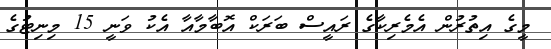
މީގެ އިތުރުން އެމެރިކާގެ ރައީސް ބަރަކް އޮބާމާއާ އެކު ވަނީ 15 މިނިޓުގެ